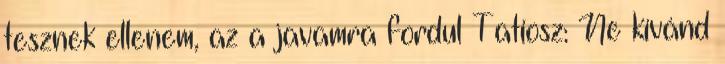
tesznek ellenem, az a javamra fordul Tatiosz: Ne kívánd